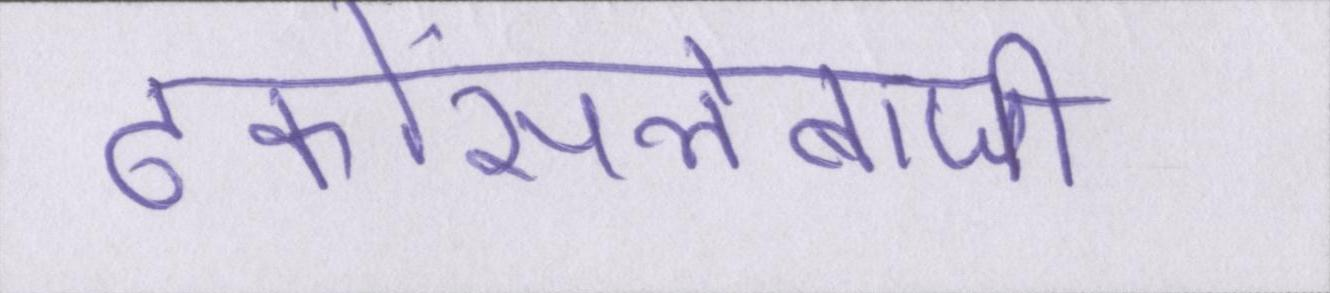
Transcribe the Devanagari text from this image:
ढकोंसलेबाजी